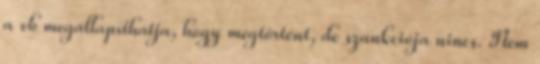
a vb megállapíthatja, hogy megtörtént, de szankciója nincs. Nem